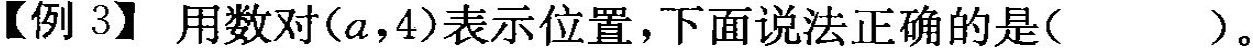
【例3】用数对(a，4)表示位置，下面说法正确的是()。